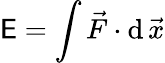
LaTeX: \mathsf{E}=\int{\vec{{F}}}\cdot\mathrm{{d\, }}{\vec{{x}}}